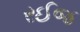
રઈજ